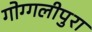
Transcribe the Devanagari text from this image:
गोग्गलीपुरा